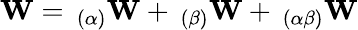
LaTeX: \mathbf{W}=\, _{(\alpha)}\mathbf{W}+\, _{(\beta)}\mathbf{W}+\, _{(\alpha\beta)}\mathbf{W}